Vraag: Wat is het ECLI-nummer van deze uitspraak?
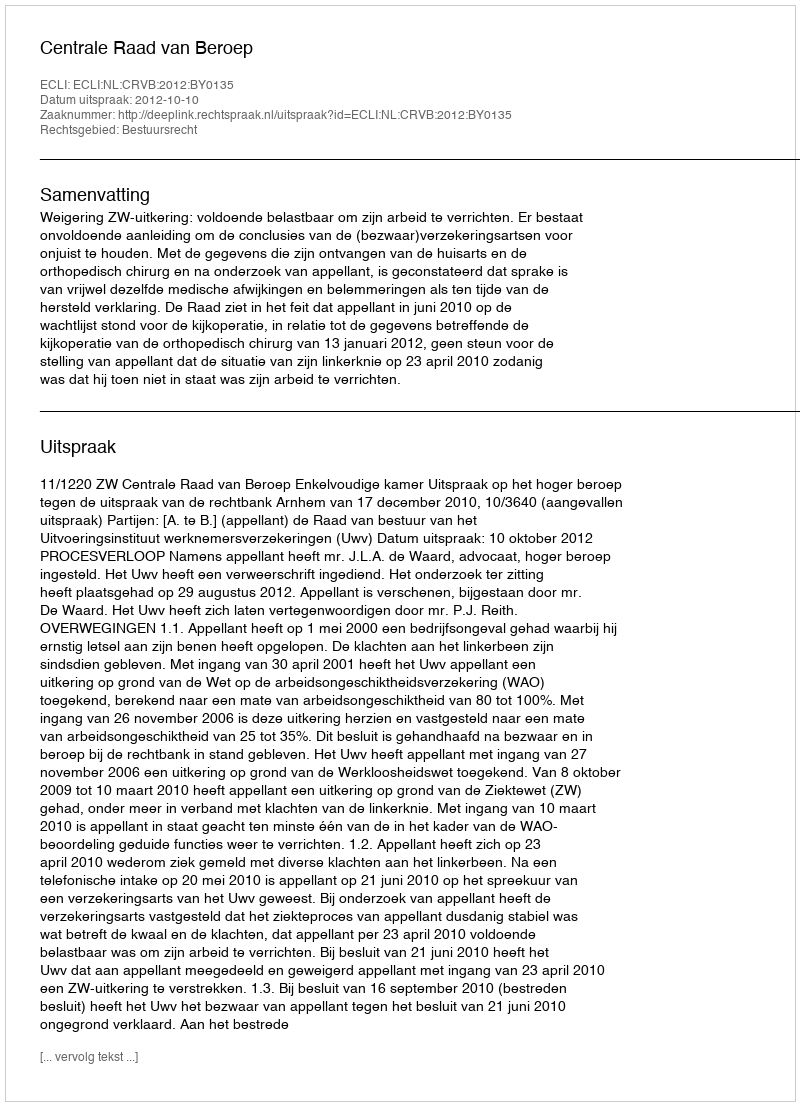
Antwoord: ECLI:NL:CRVB:2012:BY0135